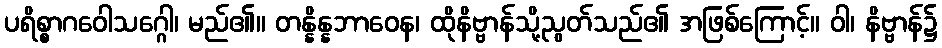
ပရိစ္စာဂဝေါသဂ္ဂေါ၊ မည်၏။ တန္နိန္နဘာဝေန၊ ထိုနိဗ္ဗာန်သို့ညွတ်သည်၏ အဖြစ်ကြောင့်။ ဝါ၊ နိဗ္ဗာန်၌